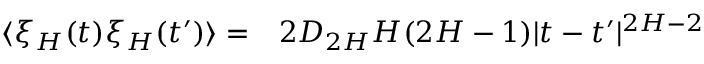
\begin{array} { r l } { \langle \xi _ { H } ( t ) \xi _ { H } ( t ^ { \prime } ) \rangle = } & { { } 2 D _ { 2 H } H ( 2 H - 1 ) | t - t ^ { \prime } | ^ { 2 H - 2 } } \end{array}